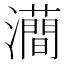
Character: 𤃦